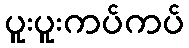
ပူးပူးကပ်ကပ်